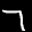
Label: 7